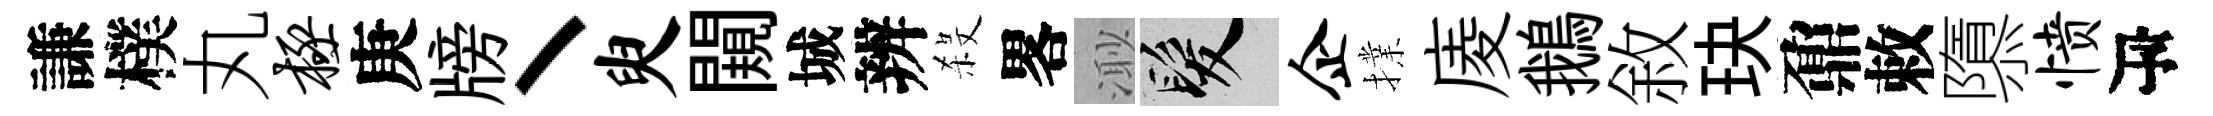
謙樸丸极庚牓丶臾闚城辨殺畧𣺌髮企擈庱鵝敘玦鼐敕隳愤瓴